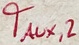
Text: TAUX,2